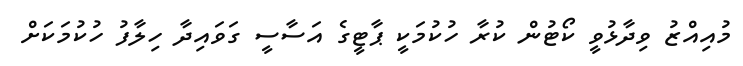
މުުއިއްޒު ވިދާޅުވީ ކޯޓުން ކުރާ ހުކުމަކީ ޕާޓީގެ އަސާސީ ގަވައިދާ ހިލާފު ހުކުމަކަށް